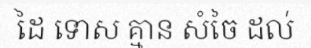
ដៃ ទោស គ្មាន សំចៃ ដល់